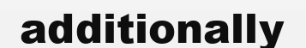
additionally